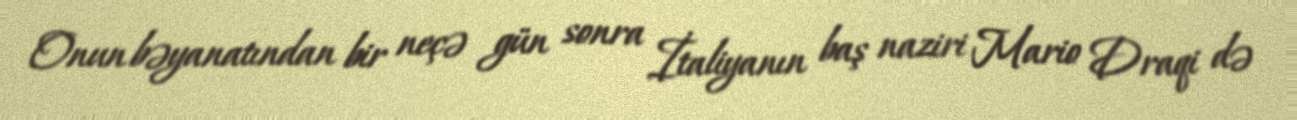
Onun bəyanatından bir neçə gün sonra İtaliyanın baş naziri Mario Draqi də